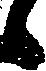
候